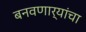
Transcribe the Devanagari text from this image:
बनवणार्यांचा